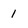
Character: 1